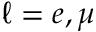
\ell = e , \mu